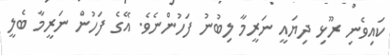
ކައިވެނި ރޫޅި ދިޔައީ ނަރީމާ ލިބުނު ފަހުންނެވެ. އޭގެ ފަހުން ނަރީމާ ބެލީ